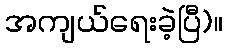
အကျယ်ရေးခဲ့ပြီ)။